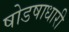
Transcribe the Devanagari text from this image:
षोडषाधारी